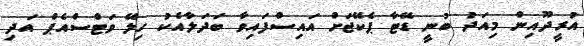
އުރީދޫއިން މިއަދު ބުނީ ޑޭޓާ ޕެކޭޖަށް އައިސްފައިވާ ބަދަލާއެކު ހިލޭ ވަޓްސްއެޕް އަދި